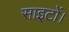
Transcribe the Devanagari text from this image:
साइटों।